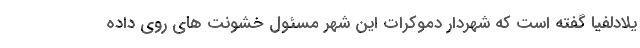
یلادلفیا گفته است که شهردار دموکرات این شهر مسئول خشونت های روی داده